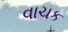
વાચક